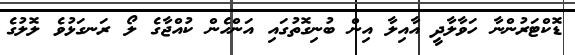
ޑޮކްޓަރުންނާ ހަވާލާދީ އާއިލާ އިން ބުނިގޮތުގައި އަންހެން ކުއްޖާގެ ލޯ ރަނގަޅުވެ ލޮލުގެ